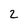
Character: 2